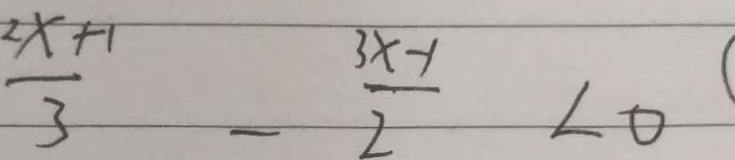
\frac { 2 x + 1 } { 3 } - \frac { 3 x - 1 } { 2 } - \angle 0